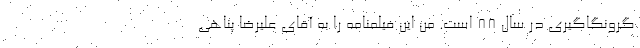
گرونگاگیری در سال 88 است. من این فیلمنامه را به آقای علیرضا پناهی